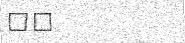
٢٠